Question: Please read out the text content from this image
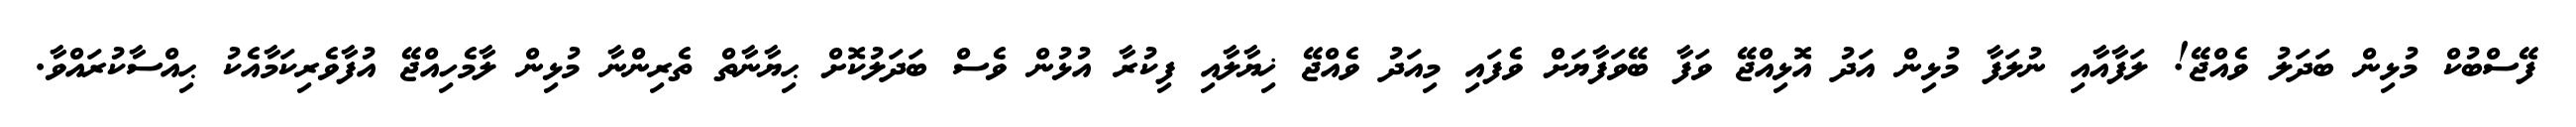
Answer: ފޭސްބުކް މުޅިން ބަދަލު ވެއްޖޭ! ލަފާއާއި ނުލަފާ މުޅިން އަދު އޮޅިއްޖޭ ވަފާ ބޭވަފާޔަށް ވެފައި މިއަދު ވެއްޖޭ ޚިޔާލާއި ފިކުރާ އުޅުން ވެސް ބަދަލުކޮށް ޙިޔާނާތް ތެރިންނާ މުޅިން ލާމެހިއްޖޭ އުފާވެރިކަމާއެކު ޙިއްސާކުރައްވާ.